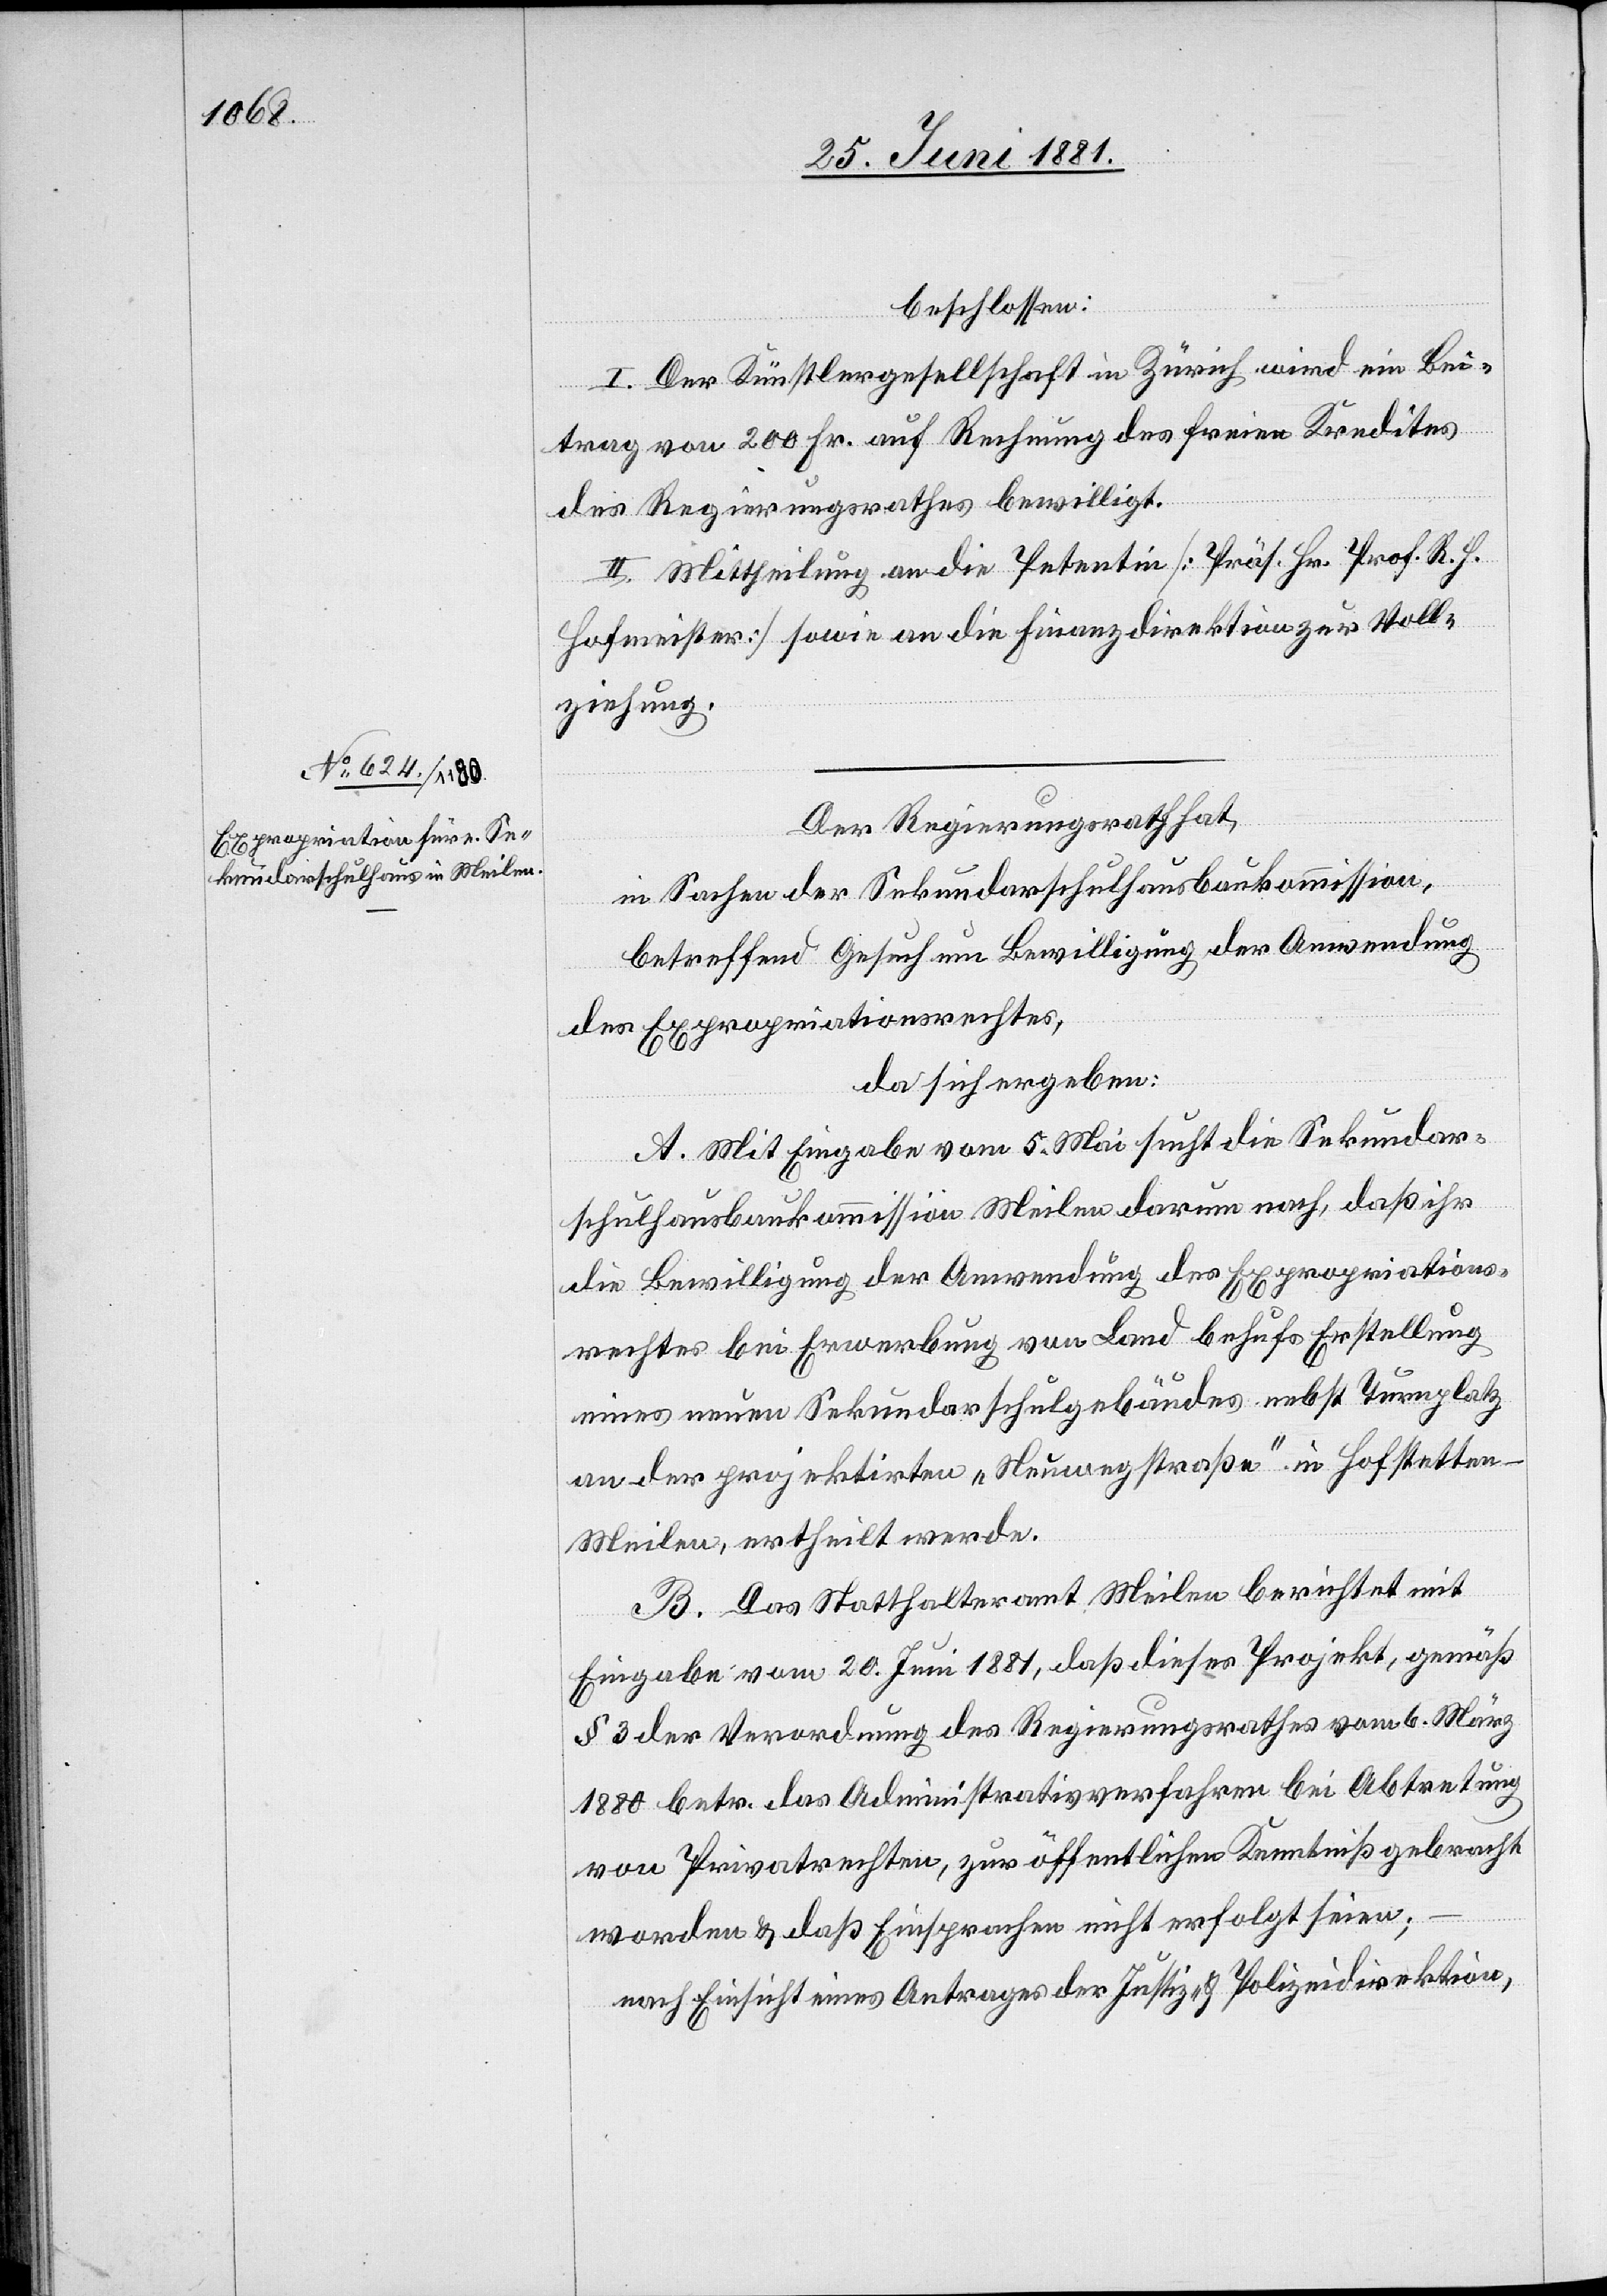
beschlossen:
I. Der Künstlergesellschaft in Zürich wird ein Bei¬
trag von 200 Fr. auf Rechnung des freien Kredites
des Regierungsrathes bewilligt.
II. Mittheilung an die Petentin [Präs. Hr. Prof. R. H.
Hofmeister] sowie an die Finanzdirektion zur Voll¬
ziehung.
Der Regierungsrath hat,
in Sachen der Sekundarschulhausbaukommission,
betreffend Gesuch um Bewilligung der Anwendung
des Expropriationsrechtes,
da sich ergeben:
A. Mit Eingabe vom 5. Mai sucht die Sekundar¬
schulhausbaukommission Meilen darum nach, daß ihr
die Bewilligung der Anwendung des Expropriations¬
rechtes bei Erwerbung von Land behufs Erstellung
eines neuen Sekundarschulgebäudes nebst Turnplatz
an der projektirten „Neuwegstraße“ in Hofstetten
Meilen, ertheilt werde.
B. Das Statthalteramt Meilen berichtet mit
Eingabe vom 20. Juni 1881, daß dieses Projekt, gemäß
§ 3 der Verordnung des Regierungsrathes vom 6. März
1880 betr. das Administrativverfahren bei Abtretung
von Privatrechten, zur öffentlichen Kenntniß gebracht
worden & daß Einsprachen nicht erfolgt seien;
nach Einsicht eines Antrages der Justiz- & Polizeidirektion,